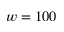
w = 1 0 0